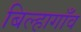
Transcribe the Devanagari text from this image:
बिल्हागाँव